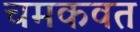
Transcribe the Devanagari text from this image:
चमकवत